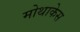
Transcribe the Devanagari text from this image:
मोथाकेस